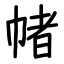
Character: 帾